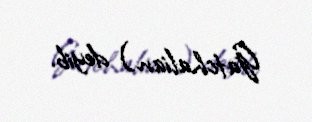
Gatchalian) deyib.